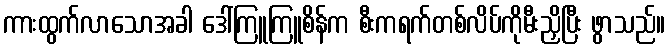
ကားထွက်လာသောအခါ ဒေါ်ကြူကြူစိန်က စီးကရက်တစ်လိပ်ကိုမီးညှိပြီး ဖွာသည်။